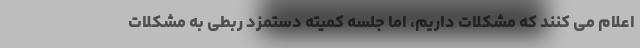
اعلام می کنند که مشکلات داریم، اما جلسه کمیته دستمزد ربطی به مشکلات